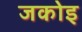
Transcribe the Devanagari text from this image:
जकोइ